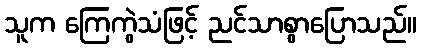
သူက ကြေကွဲသံဖြင့် ညင်သာစွာပြောသည်။